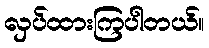
လှပ်ထားကြပါတယ်။